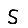
Digit: 5